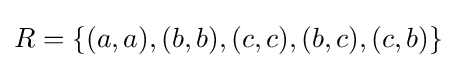
R=\{(a,a),(b,b),(c,c),(b,c),(c,b)\}